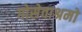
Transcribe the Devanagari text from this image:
गोसेवाश्रमो